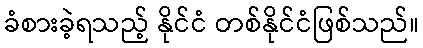
ခံစားခဲ့ရသည့် နိုင်ငံ တစ်နိုင်ငံဖြစ်သည်။